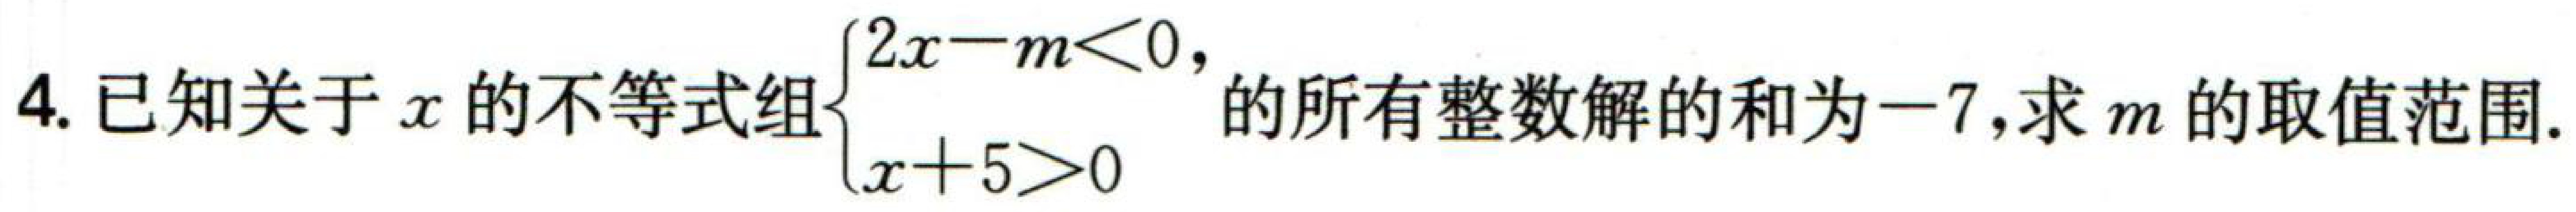
4. 已知关于\(x\)的不等式组\(\begin{cases}2x - m<0, \\x + 5>0\end{cases}\)的所有整数解的和为\(-7\)，求\(m\)的取值范围.